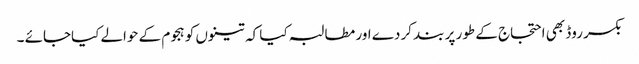
بکسر روڈ بھی احتجاج کے طور پر بند کردے اور مطالبہ کیا کہ تینوں کو ہجوم کے حوالے کیاجائے ۔